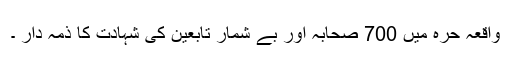
واقعہ حرّہ میں 700 صحابہ اور بے شمار تابعین کی شہادت کا ذمہ دار ۔